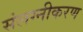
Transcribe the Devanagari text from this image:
संलग्नीकरण